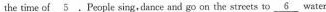
the time of \underline{5}.People sing,dance and go on the streets to \underline{6} water